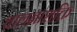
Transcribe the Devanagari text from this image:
चालनाशक्ति